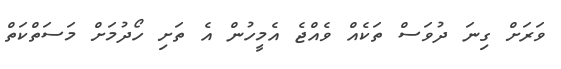
ވަރަށް ގިނަ ދުވަސް ތަކެއް ވެއްޖެ އެމީހުން އެ ތަށި ހޯދުމަށް މަސަތްކަތް